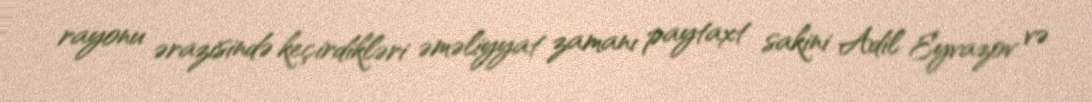
rayonu ərazisində keçirdikləri əməliyyat zamanı paytaxt sakini Adil Eyvazov və